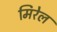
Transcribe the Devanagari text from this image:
मिरेल